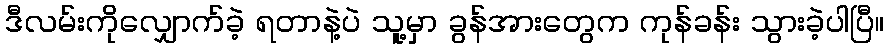
ဒီလမ်းကိုလျှောက်ခဲ့ ရတာနဲ့ပဲ သူ့မှာ ခွန်အားတွေက ကုန်ခန်း သွားခဲ့ပါပြီ။